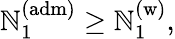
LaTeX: \mathbb{N}_{1}^{(\mathrm{{adm)}}}\geq\mathbb{N}_{1}^{\mathrm{{(w)}}},